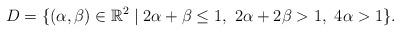
LaTeX: \begin{align*}D=\{(\alpha,\beta)\in {\mathbb R}^2\mid 2\alpha+\beta\leq 1,\,\,2\alpha+2\beta> 1,\,\,4\alpha>1\}.\end{align*}